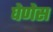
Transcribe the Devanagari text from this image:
घेणेस